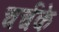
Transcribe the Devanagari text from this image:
चर्चके